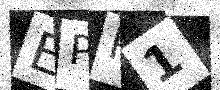
Text: EPR1